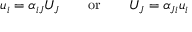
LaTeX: \ u _ { i } = \alpha _ { i J } U _ { J } \qquad { \mathrm { o r } } \qquad U _ { J } = \alpha _ { J i } u _ { i }